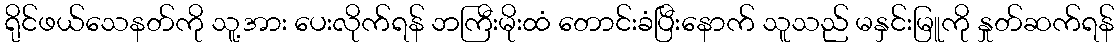
ရိုင်ဖယ်သေနတ်ကို သူ့အား ပေးလိုက်ရန် ဘကြီးမိုးထံ တောင်းခံပြီးနောက် သူသည် မနှင်းမြူကို နှုတ်ဆက်ရန်